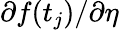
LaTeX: \partial f(t_{j})/\partial\eta